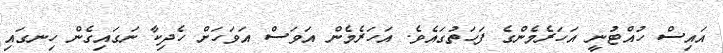
އައިސް ހުއްޓުނީ އަހަރެމެންގެ ފަހަތުގައެވެ. އަހަރެމެން އަވަސް އަވަހަށް ހެދިކާ ނަގައިގެން ހިނގައި